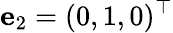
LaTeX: {\mathbf e}_{2}=(0,1,0)^{\top}